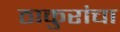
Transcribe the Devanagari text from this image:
ठाकुरांचा